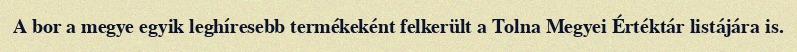
A bor a megye egyik leghíresebb termékeként felkerült a Tolna Megyei Értéktár listájára is.